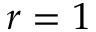
r = 1